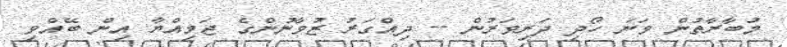
މުބާރާތުން ވަނަ ހޯދި ދަރިވަރުން -- ދިއްގަރު ޒުވާނުންގެ ޖަމިއްޔާ އިން ބޭއްވި